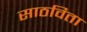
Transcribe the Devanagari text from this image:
साठविता